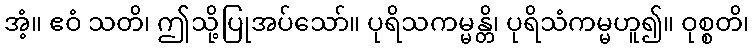
အံ့။ ဧဝံ သတိ၊ ဤသို့ပြုအပ်သော်။ ပုရိသကမ္မန္တိ၊ ပုရိသံကမ္မဟူ၍။ ဝုစ္စတိ၊